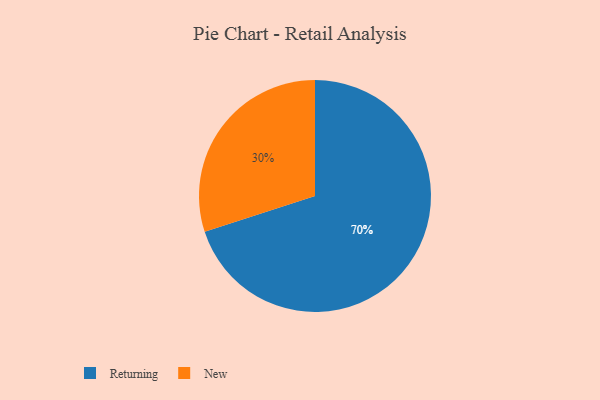
{"axis": {"x": "Category", "y": "Percentage"}, "legend": ["New", "Returning"], "data": [{"x": "New", "y": 30, "type": "New"}, {"x": "Returning", "y": 70, "type": "Returning"}]}